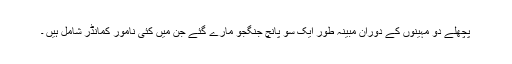
پچھلے دو مہینوں کے دوران مبینہ طور ایک سو پانچ جنگجو مارے گئے جن میں کئی نامور کمانڈر شامل ہیں ۔